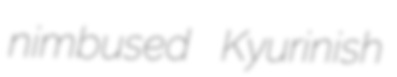
nimbused Kyurinish